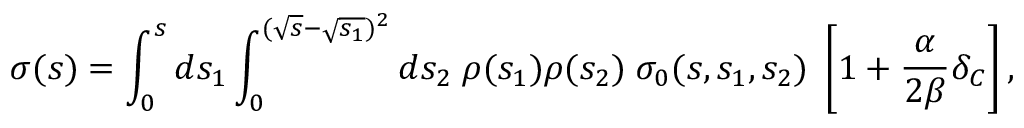
\sigma ( s ) = \int _ { 0 } ^ { s } d s _ { 1 } \int _ { 0 } ^ { ( \sqrt { s } - \sqrt { s _ { 1 } } ) ^ { 2 } } d s _ { 2 } \; \rho ( s _ { 1 } ) \rho ( s _ { 2 } ) \; \sigma _ { 0 } ( s , s _ { 1 } , s _ { 2 } ) \; \left[ 1 + { \frac { \alpha } { 2 \beta } } \delta _ { C } \right] ,